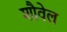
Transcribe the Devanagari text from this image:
शौवेल